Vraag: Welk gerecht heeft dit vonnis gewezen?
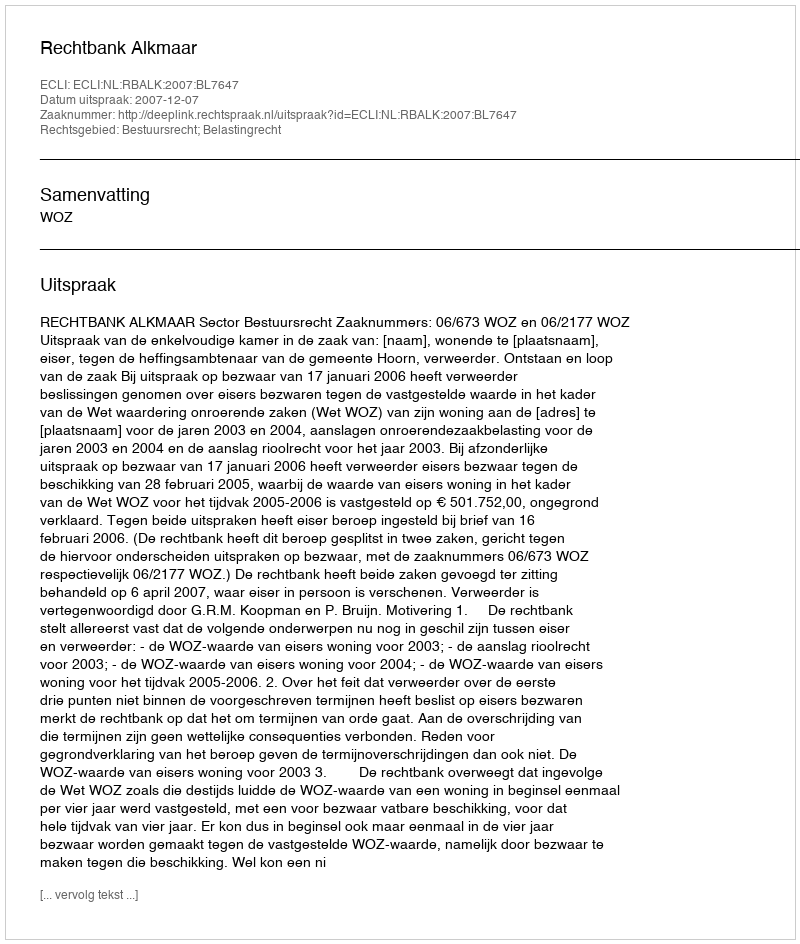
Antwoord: Rechtbank Alkmaar